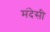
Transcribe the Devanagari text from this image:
मंदेसी